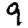
Digit: 9